Report of the Indian Hemp Drugs Commission, 1894-1895 - Volume V
Year: 1894
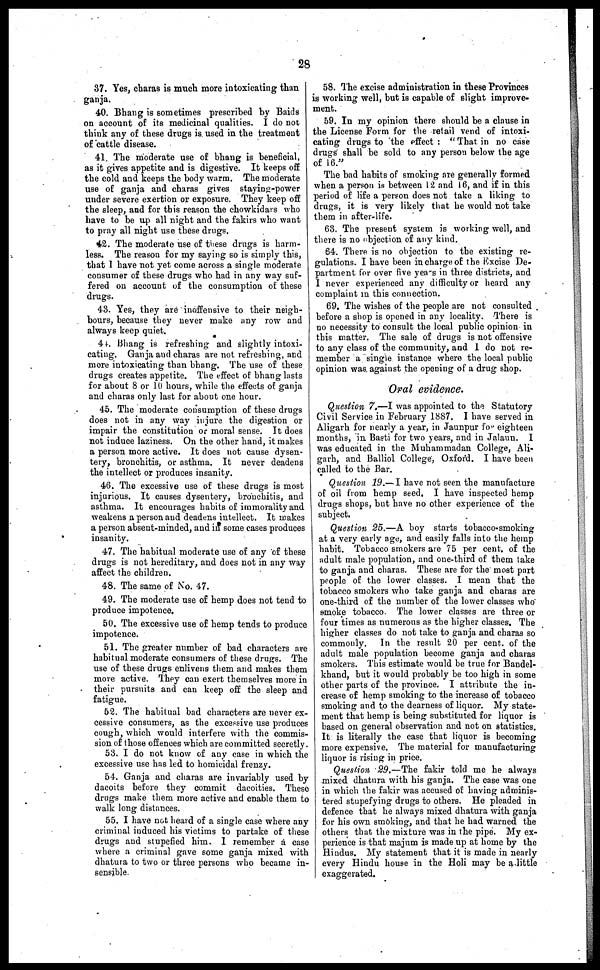
28
37. Yes, charas is much more intoxicating than
ganja.
40. Bhang is sometimes prescribed by Baids
on account of its medicinal qualities. I do not
think any of these drugs is. used in the treatment
of cattle disease.
41. The moderate use of bhang is beneficial,
as it gives appetite and is digestive. It keeps off
the cold and keeps the body warm. The moderate
use of ganja and charas gives staying-power
under severe exertion or exposure. They keep off
the sleep, and for this reason the chowkidars who
have to be up all night and the fakirs who want
to pray all night use these drugs.
42. The moderate use of these drugs is harm-
less. The reason for my saying so is simply this,
that I have not yet come across a single moderate
consumer of these drugs who had in any way suf-
fered on account of the consumption of these
drugs.
43. Yes, they are inoffensive to their neigh-
bours, because they never make any row and
always keep quiet.
44. Bhang is refreshing and slightly intoxi-
cating. Ganja and charas are not refreshing, and
more intoxicating than bhang. The use of these
drugs creates appetite. The effect of bhang lasts
for about 8 or 10 hours, while the effects of ganja
and charas only last for about one hour.
45. The moderate consumption of these drugs
does not in any way injure the digestion or
impair the constitution or moral sense. It does
not induce laziness. On the other hand, it makes
a person more active. It does not cause dysen-
tery, bronchitis, or asthma. It never deadens
the intellect or produces insanity.
46. The excessive use of these drugs is most
injurious. It causes dysentery, bronchitis, and
asthma. It encourages habits of immorality and
weakens a person and deadens intellect. It makes
a person absent-minded, and in some cases produces
insanity.
47. The habitual moderate use of any of these
drugs is not hereditary, and does not in any way
affect the children.
48. The same of No. 47.
49. The moderate use of hemp does not tend to
produce impotence.
50. The excessive use of hemp tends to produce
impotence.
51. The greater number of bad characters are
habitual moderate consumers of these drugs. The
use of these drugs enlivens them and makes them
more active. They can exert themselves more in
their pursuits and can keep off the sleep and
fatigue.
52. The habitual bad characters are never ex-
cessive consumers, as the excessive use produces
cough, which would interfere with the commis-
sion of those offences which are committed secretly.
53. I do not know of any case in which the
excessive use has led to homicidal frenzy.
54. Ganja and charas are invariably used by
dacoits before they commit dacoities. These
drugs make them more active and enable them to
walk long distances.
55. I have not heard of a single case where any
criminal induced his victims to partake of these
drugs and stupefied him. I remember a case
where a criminal gave some ganja mixed with
dhatura to two or three persons who became in-
sensible.
58. The excise administration in these Provinces
is working well, but is capable of slight improve-
ment.
59. In my opinion there should be a clause in
the License Form for the retail vend of intoxi-
cating drugs to the effect: "That in no case
drugs shall be sold to any person below the age
of 16."
The bad habits of smoking are generally formed
when a person is between 12 and 16, and if in this
period of life a person does not take a liking to
drugs, it is very likely that he would not take
them in after-life.
63. The present system is working well, and
there is no objection of any kind.
64. There is no objection to the existing re-
gulations. I have been in charge of the Excise De-
partment for over five years in three districts, and
I never experienced any difficulty or heard any
complaint in this connection.
69. The wishes of the people are not consulted
before a shop is opened in any locality. There is
no necessity to consult the local public opinion in
this matter. The sale of drugs is not offensive
to any class of the community, and I do not re-
member a single instance where the local public
opinion was. against the opening of a drug shop.
Oral evidence.
Question 7.—I was appointed to the Statutory
Civil Service in February 1887. I have served in
Aligarh for nearly a year, in Jaunpur for eighteen
months, in Basti for two years, and in Jalaun. I
was educated in the Muhammadan College, Ali-
garh, and Balliol College, Oxford. I have been
called to the Bar.
Question 19.— I have not seen the manufacture
of oil from hemp seed, I have inspected hemp
drugs shops, but have no other experience of the
subject.
Question 25.—A boy starts tobacco-smoking
at a very early age, and easily falls into the hemp
habit. Tobacco smokers are 75 per cent. of the
adult male population, and one-third of them take
to ganja and charas. These are for the most part
people of the lower classes. I mean that the
tobacco smokers who take ganja and charas are
one-third of the number of the lower classes who
smoke tobacco. The lower classes are three or
four times as numerous as the higher classes. The
higher classes do not take to ganja and charas so
commonly. In the result 20 per cent. of the
adult male population become ganja and charas
smokers. This estimate would be true for Bandel-
khand, but it would probably be too high in some
other parts of the province. I attribute the in-
crease of hemp smoking to the increase of tobacco
smoking and to the dearness of liquor. My state-
ment that hemp is being substituted for liquor is
based on general observation and not on statistics.
It is literally the case that liquor is becoming
more expensive, The material for manufacturing
liquor is rising in price.
Question 29.—The fakir told me he always
mixed dhatura with his ganja. The case was one
in which the fakir was accused of having adminis-
tered stupefying drugs to others. He pleaded in
defence that he always mixed dhatura with ganja
for his own smoking, and that he had warned the
others that the mixture was in the pipe. My ex-
perience is that majum is made up at home by the
Hindus. My statement that it is made in nearly
every Hindu house in the Holi may be a little
exaggerated.